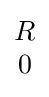
{\begin{matrix}R\\0\end{matrix}}